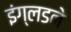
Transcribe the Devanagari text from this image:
इंग्लडने